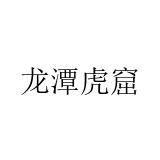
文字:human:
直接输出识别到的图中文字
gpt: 龙潭虎窟